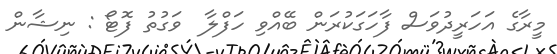
މީރާގެ އަހަރީދުވަސް ފާހަގަކުރަން ބޭއްވި ހަފްލާ  ވަގުތު ފޮޓޯ : ނިޝާން